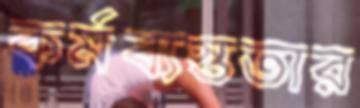
কর্মব্যস্ততার